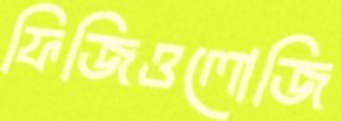
ফিজিওলোজি